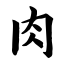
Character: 肉